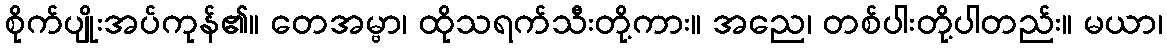
စိုက်ပျိုးအပ်ကုန်၏။ တေအမ္ဗာ၊ ထိုသရက်သီးတို့ကား။ အညေ၊ တစ်ပါးတို့ပါတည်း။ မယာ၊